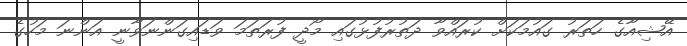
އޭޝިއާގެ ހަތަރު ގައުމަކަށް ކުރައްވާ ދަތުރުފުޅުގައި މޯދީ ފުރަތަމަ ވަޑައިގަންނަވާނީ އަންނަ މަހުގެ